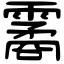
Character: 霱